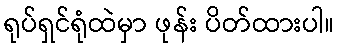
ရုပ်ရှင်ရုံထဲမှာ ဖုန်း ပိတ်ထားပါ။